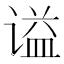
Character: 谥